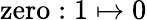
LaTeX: \mathrm{zero}:1\mapsto 0